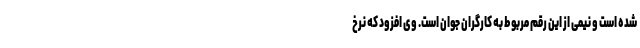
شده است و نیمی از این رقم مربوط به کارگران جوان است. وی افزود که نرخ